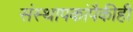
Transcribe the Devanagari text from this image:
संस्थापकांपैकीही